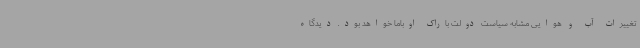
تغییرات آب و هوایی مشابه سیاست دولت باراک اوباما خواهد بود. دیدگاه